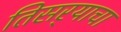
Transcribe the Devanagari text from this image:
तिसर्‍याचा